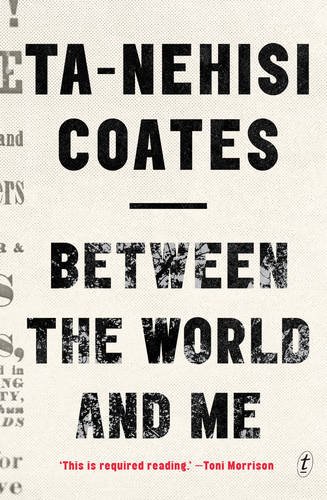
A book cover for Between the World and Me; Ta-Nehisi Coates; History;